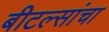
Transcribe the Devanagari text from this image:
बीटल्सांचा